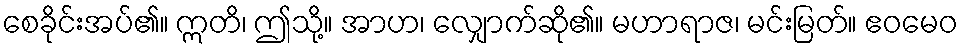
စေခိုင်းအပ်၏။ ဣတိ၊ ဤသို့။ အာဟ၊ လျှောက်ဆို၏။ မဟာရာဇ၊ မင်းမြတ်။ ဧဝမေဝ